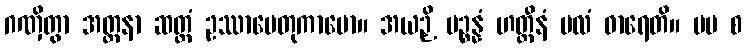
ဂဏှိတွာ အတ္တနာ ဆတ္တံ ဥဿာပေတုကာမော။ အယဉှိ ပဉ္စန္နံ ဟတ္ထီနံ ဗလံ ဓာရေတိ။ မမ စ